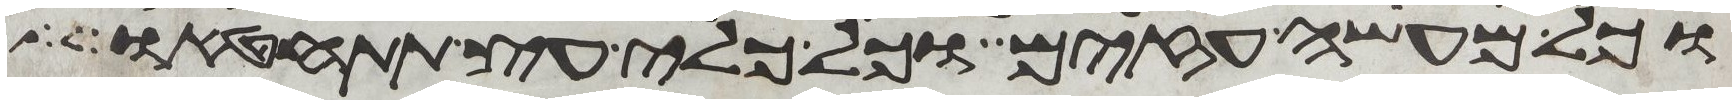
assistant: וכל מעשה עזים וכל כלי עץ תתחטאו